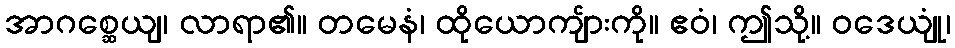
အာဂစ္ဆေယျ၊ လာရာ၏။ တမေနံ၊ ထိုယောကျ်ားကို။ ဧဝံ၊ ဤသို့။ ဝဒေယျုံ၊